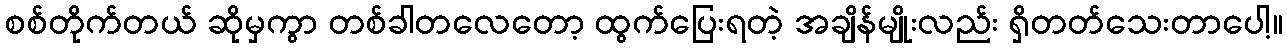
စစ်တိုက်တယ် ဆိုမှကွာ တစ်ခါတလေတော့ ထွက်ပြေးရတဲ့ အချိန်မျိုးလည်း ရှိတတ်သေးတာပေါ့။